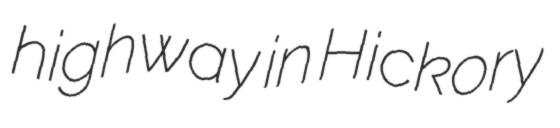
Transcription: highway in Hickory